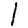
Digit: 1